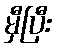
မှီပြီး